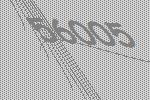
56005